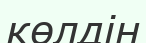
көлдін